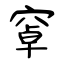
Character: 窧